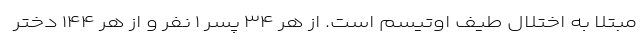
مبتلا به اختلال طیف اوتیسم است. از هر ۳۴ پسر ۱ نفر و از هر ۱۴۴ دختر